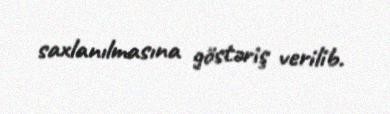
saxlanılmasına göstəriş verilib.